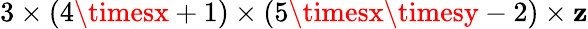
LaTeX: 3\times(4\timesx+1)\times(5\timesx\timesy-2)\times\mathbf{z}